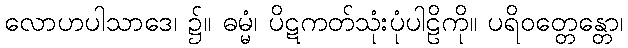
လောဟပါသာဒေ၊ ၌။ ဓမ္မံ၊ ပိဋကတ်သုံးပုံပါဠိကို။ ပရိဝတ္တေန္တော၊